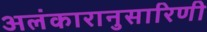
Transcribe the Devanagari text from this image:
अलंकारानुसारिणी